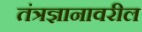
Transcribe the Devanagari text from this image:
तंत्रज्ञानावरील